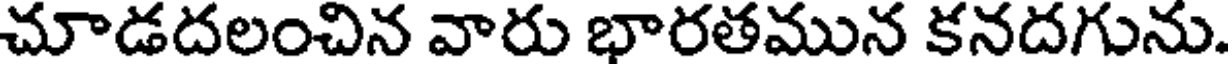
చూడదలంచిన వారు భారతమున కనదగును.